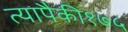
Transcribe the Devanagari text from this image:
त्यापैकी१७५